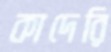
কাদেরি